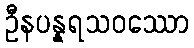
ဦနပန္နရသဝဿော